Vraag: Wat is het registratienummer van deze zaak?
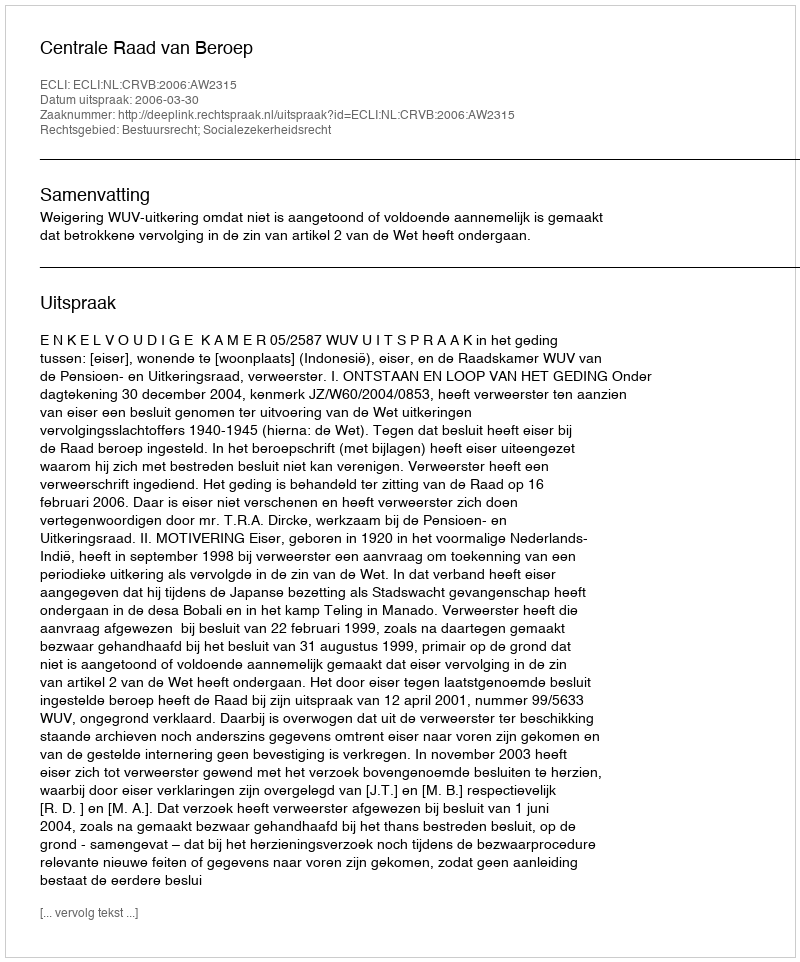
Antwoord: http://deeplink.rechtspraak.nl/uitspraak?id=ECLI:NL:CRVB:2006:AW2315